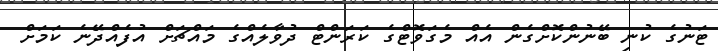
ޓަނުގެ ކުނި ބޭނުންކޮށްގެން އެއް މެގަވޮޓްގެ ކަރަންޓް ދުވާލެއްގެ މައްޗަށް އުފެއްދޭނެ ކަމަށް